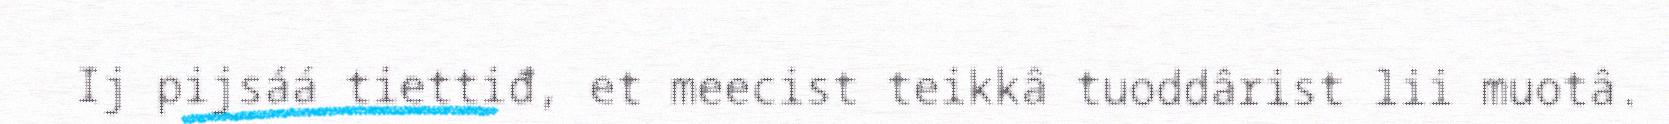
Ij pijsáá tiettiđ, et meecist teikkâ tuoddârist lii muotâ.